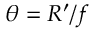
\theta = R ^ { \prime } / f